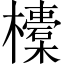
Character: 𣟄